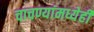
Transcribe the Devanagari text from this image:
चाचण्यांमध्येही